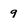
Character: 9